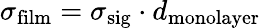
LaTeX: \sigma_{\mathrm{film}}=\sigma_{\mathrm{sig}}\cdot d_{\mathrm{monolayer}}